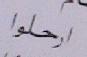
ارحلوا